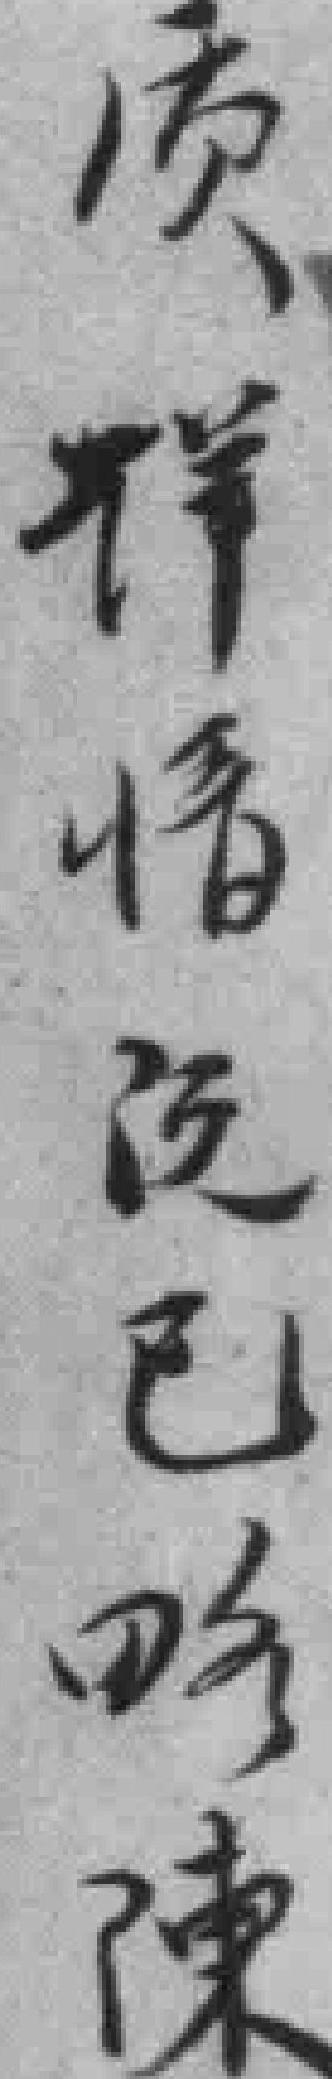
质详情*已略陳